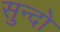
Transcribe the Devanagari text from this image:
सुन्दो